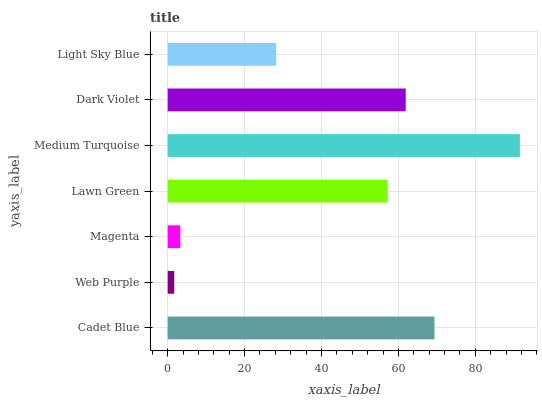
| yaxis_label | bars |
 | --- | --- |
 | Cadet Blue | 69.4 |
 | Web Purple | 1.71 |
 | Magenta | 3.29 |
 | Lawn Green | 57.2 |
 | Medium Turquoise | 91.6 |
 | Dark Violet | 61.9 |
 | Light Sky Blue | 28.2 |